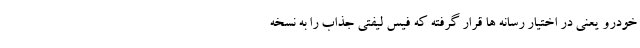
خودرو یعنی در اختیار رسانه ها قرار گرفته که فیس لیفتی جذاب را به نسخه